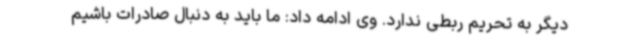
دیگر به تحریم ربطی ندارد. وی ادامه داد: ما باید به دنبال صادرات باشیم